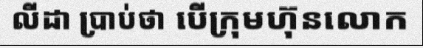
លីដា ប្រាប់ថា បើក្រុមហ៊ុនលោក